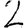
Digit: 2